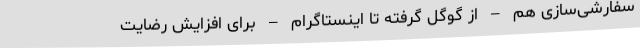
سفارشی‌سازی هم – از گوگل گرفته تا اینستاگرام – برای افزایش رضایت